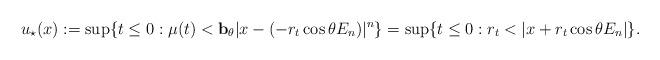
LaTeX: \begin{align*} u_\star(x):=\sup\{t\leq0: \mu(t)< {\bf b}_\theta\vert x-(-r_t\cos\theta E_n)\vert^n\}=\sup\{t\leq0: r_t< \vert x+r_t\cos\theta E_n\vert\}.\end{align*}